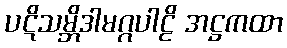
ပဋိသမ္ဘိဒါမဂ္ဂပါဠိ အဋ္ဌကထာ